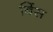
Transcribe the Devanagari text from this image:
बिंस